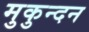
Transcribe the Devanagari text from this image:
मुकुन्दन